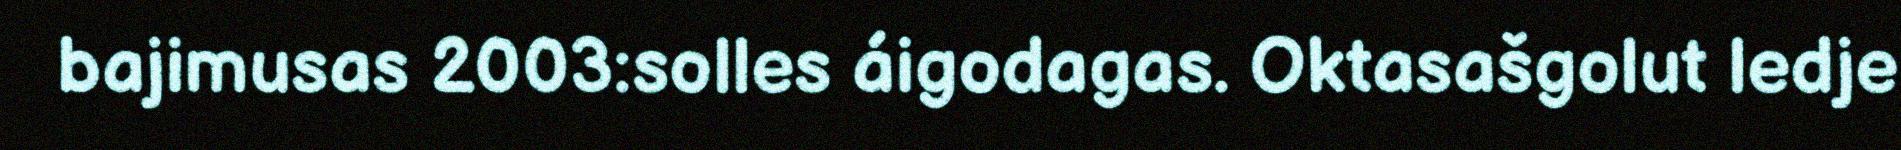
bajimusas 2003:solles áigodagas. Oktasašgolut ledje